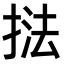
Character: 𭡚